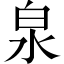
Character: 泉